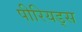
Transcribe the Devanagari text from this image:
पीरियड्स